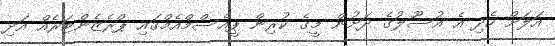
އަލަށް ހެދި އެ އުސޫލުގެ ދަށުން މީގެ ކުރިން ޕީއެސްމްއެމްގައި ޕްރެޒެންޓަރެއް އަދި